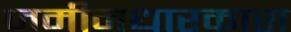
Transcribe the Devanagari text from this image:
जमीनधारकास